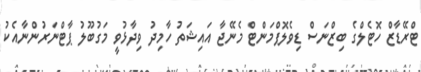
ޓްރޭޑާޒް ހޮޓެލްގެ ބިޒްނަސް ޑިވެލޮޕްމަންޓް މެނޭޖާ އައިޝަތު ހާމިދު ވިދާޅުވީ މަގުބޫލު ޕާޓްނަރުންނާއެކު